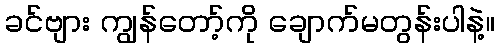
ခင်ဗျား ကျွန်တော့်ကို ချောက်မတွန်းပါနဲ့။